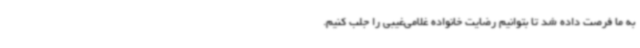
به ما فرصت داده شد تا بتوانیم رضایت خانواده غلامی‌غیبی را جلب کنیم.